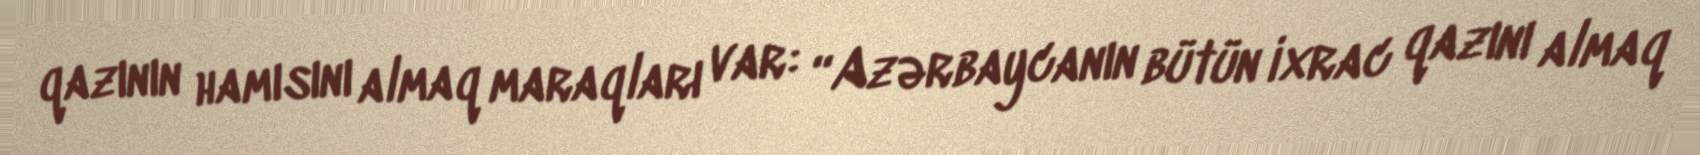
qazının hamısını almaq maraqları var: “Azərbaycanın bütün ixrac qazını almaq